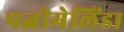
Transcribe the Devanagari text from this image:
पत्नीमेलिंडा